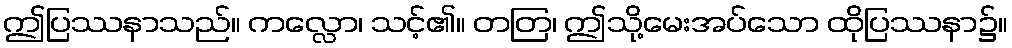
ဤပြဿနာသည်။ ကလ္လော၊ သင့်၏။ တတြ၊ ဤသို့မေးအပ်သော ထိုပြဿနာ၌။